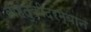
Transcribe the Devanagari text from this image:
वाहतुकीदरम्यान